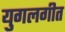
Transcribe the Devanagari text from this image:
युगलगीत